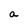
Character: a